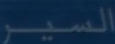
السير